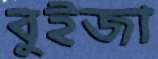
বুইজা